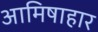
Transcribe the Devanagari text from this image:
आमिषाहार